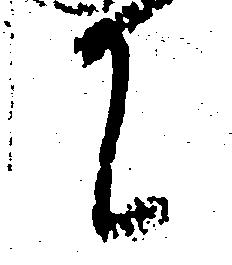
て